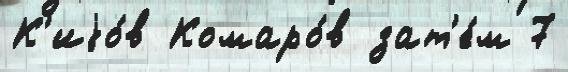
К'иjо́в Комаро́в зат'е́м 7